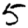
Digit: 5